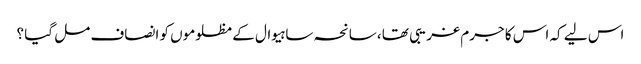
اس لیے کہ اس کا جرم غریبی تھا ،سانحہ ساہیوال کے مظلوموں کو انصاف مل گیا ؟